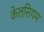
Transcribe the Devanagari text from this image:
केलसियम